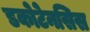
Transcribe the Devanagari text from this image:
डकोटेनसिस